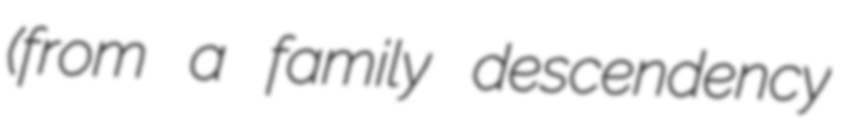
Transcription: (from a family descendency